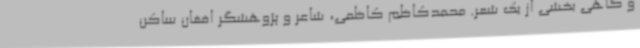
و گاهی بخشی از یک شعر. محمدکاظم کاظمی، شاعر و پژوهشگر افغان ساکن